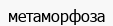
метаморфоза